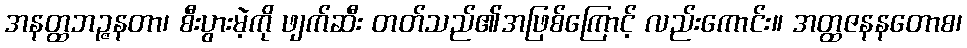
အနတ္ထဘဉ္ဇနတာ၊ စီးပွားမဲ့ကို ဖျက်ဆီး တတ်သည်၏အဖြစ်ကြောင့် လည်းကောင်း။ အတ္ထဇနနတောစ၊